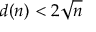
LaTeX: d ( n ) < 2 { \sqrt { n } }